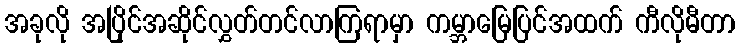
အခုလို အပြိုင်အဆိုင်လွှတ်တင်လာကြရာမှာ ကမ္ဘာမြေပြင်အထက် ကီလိုမီတာ